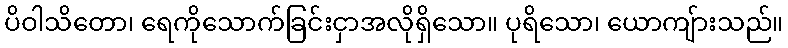
ပိဝါသိတော၊ ရေကိုသောက်ခြင်းငှာအလိုရှိသော။ ပုရိသော၊ ယောကျ်ားသည်။